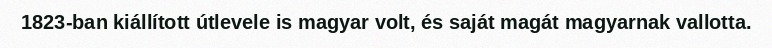
1823-ban kiállított útlevele is magyar volt, és saját magát magyarnak vallotta.